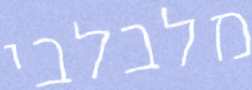
מלבלבי